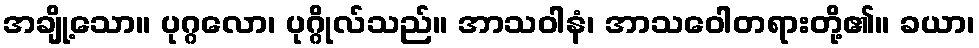
အချို့သော။ ပုဂ္ဂလော၊ ပုဂ္ဂိုလ်သည်။ အာသဝါနံ၊ အာသဝေါတရားတို့၏။ ခယာ၊